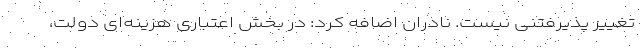
تغییر پذیرفتنی نیست. نادران اضافه کرد: در بخش اعتباری هزینه‌ای دولت،